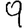
Digit: 9